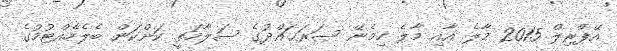
އޭޕްރިލް 2015 މާލެ އާއި މާލެ ހިމެނޭ ސަރަޙައްދުގެ ސަލާމަތީ ކަންކަން ބެލެހެއްޓުމުގެ